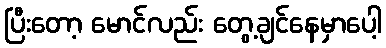
ပြီးတော့ မောင်လည်း တွေ့ချင်နေမှာပေါ့